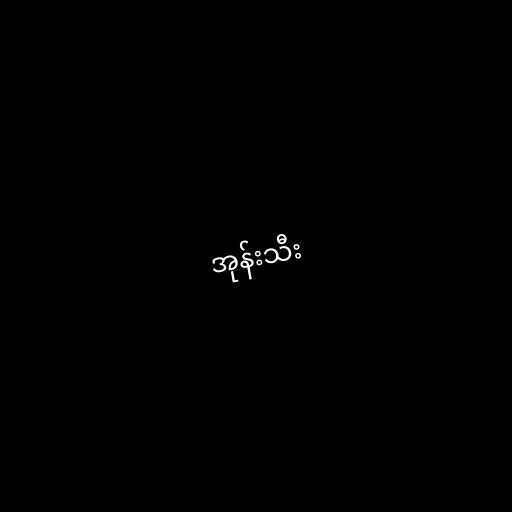
အုန်းသီး